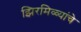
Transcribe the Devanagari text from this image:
झिरमिळ्यांचे